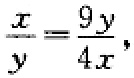
$\frac{x}{y}=\frac{9y}{4x}$